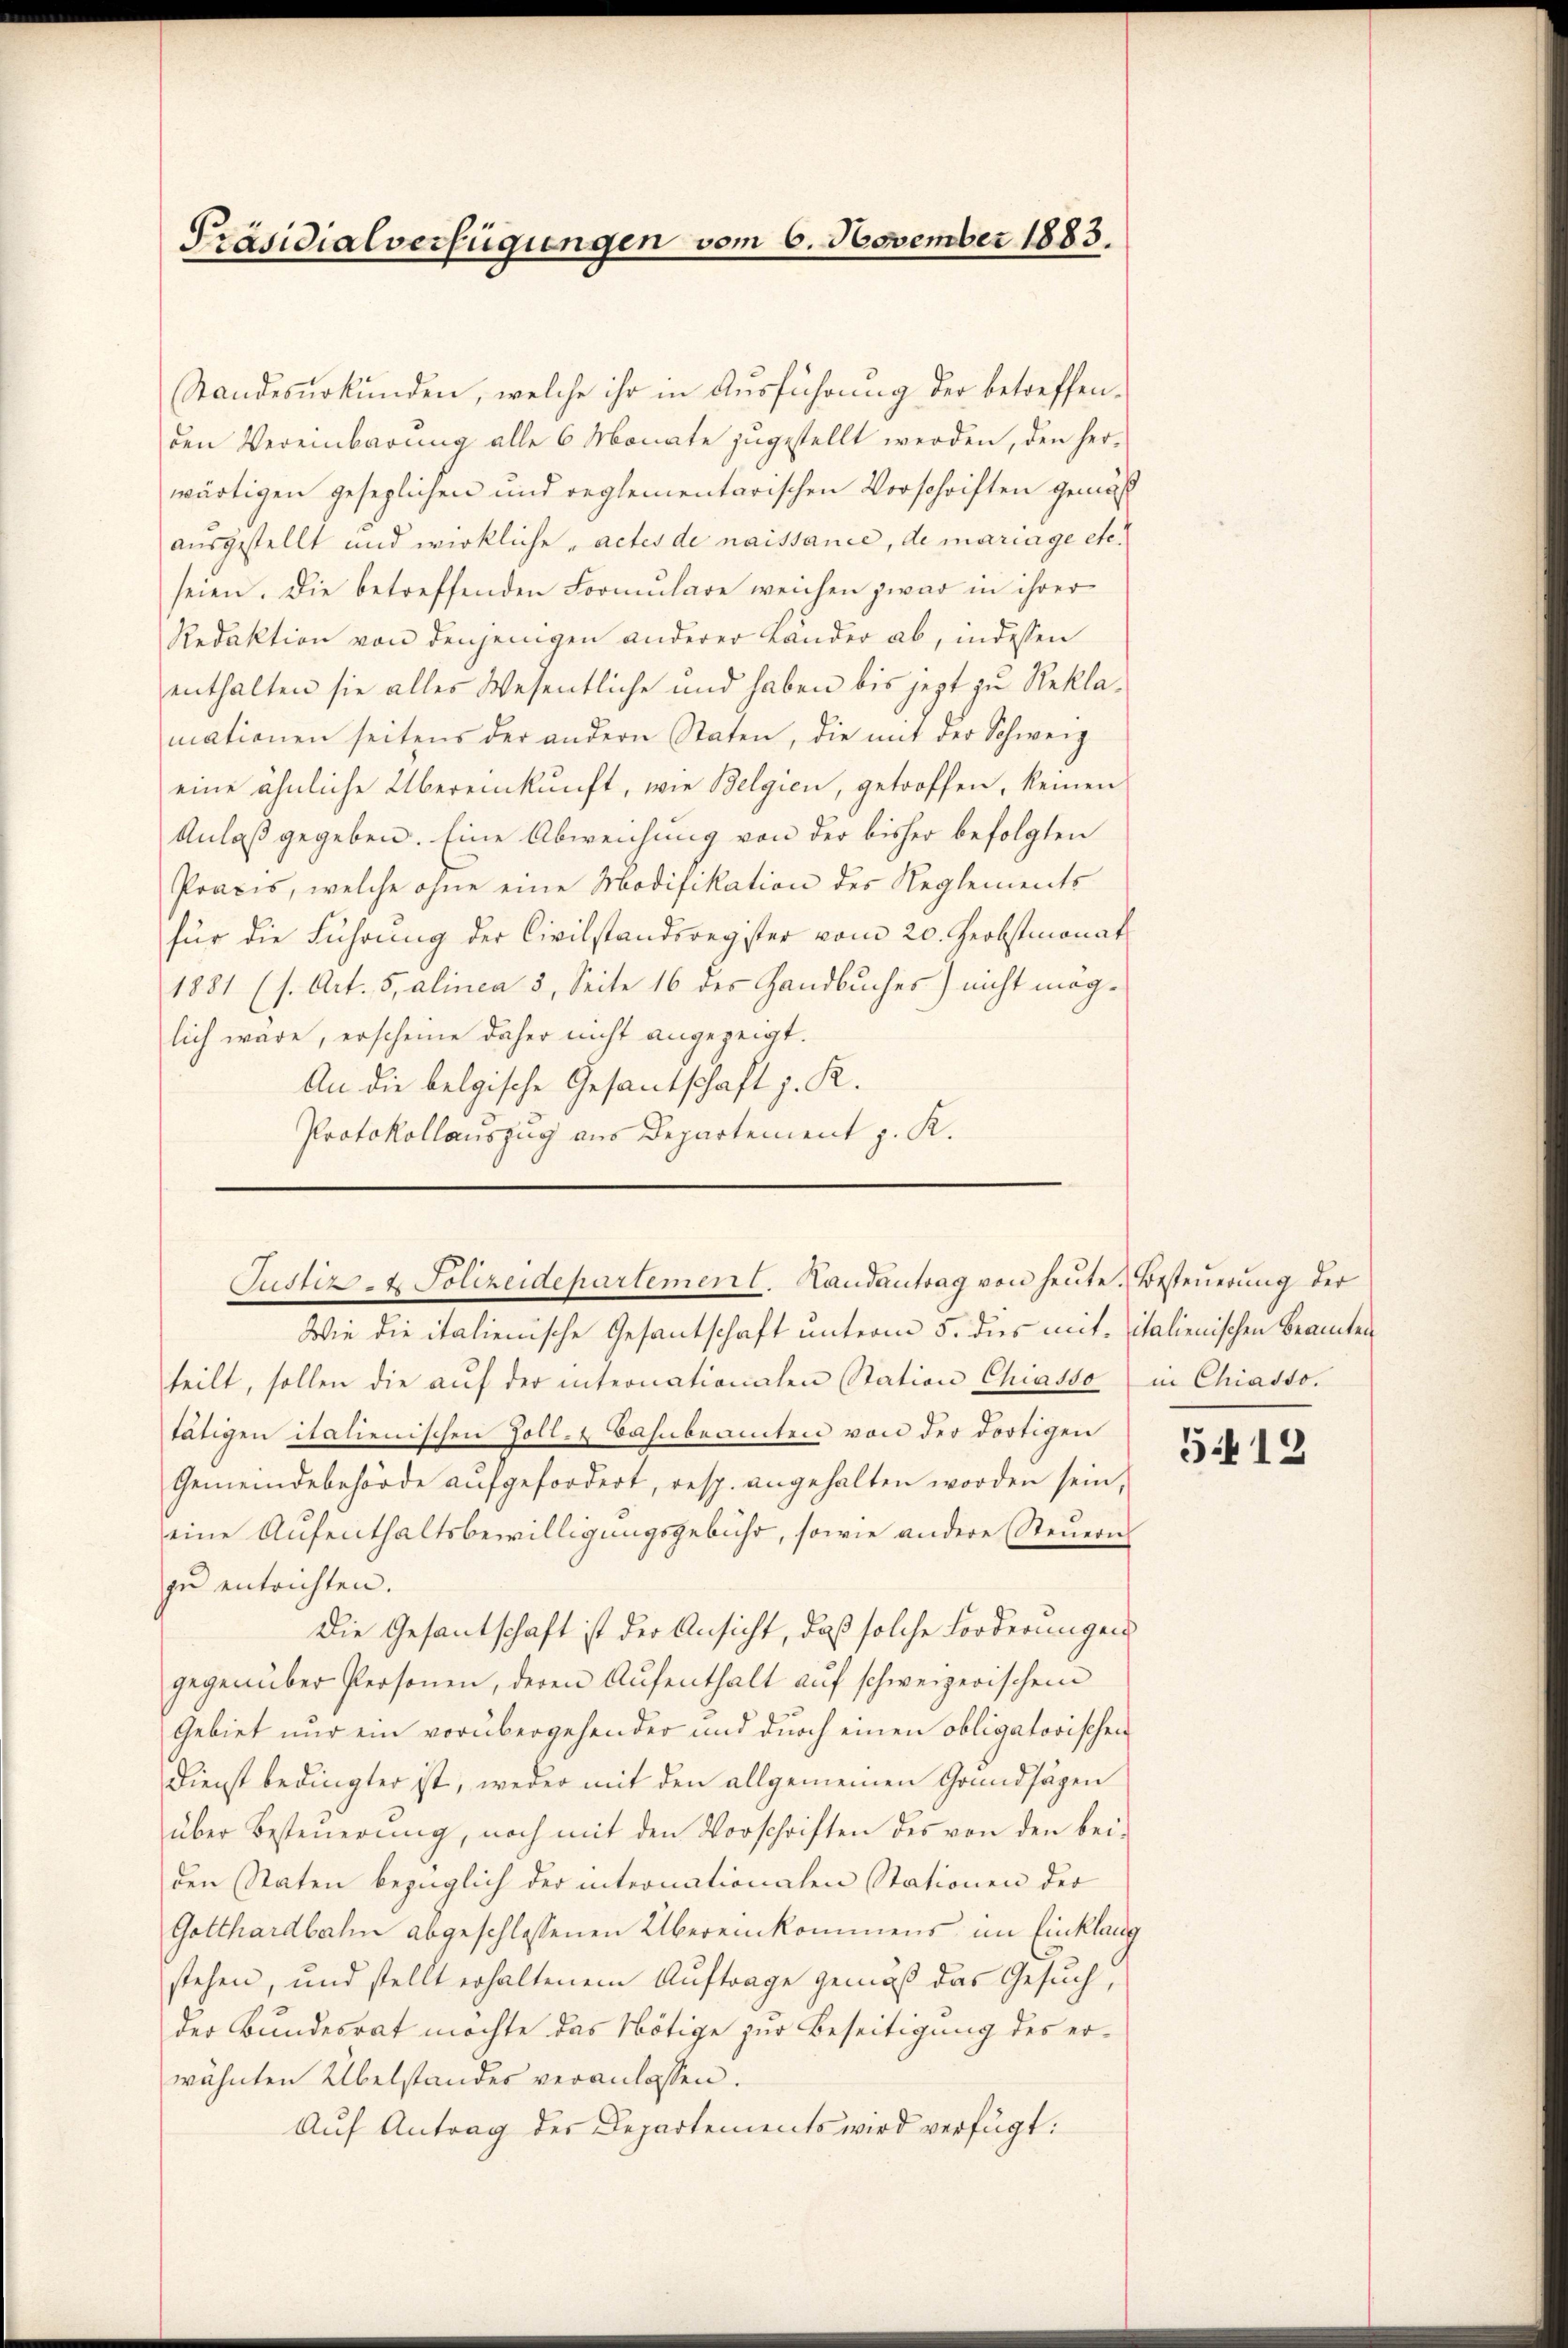
Präsidialverfügungen vom 6. November 1883.

Standesurkunden, welche ihr in Ausführung der betreffenden Vereinbarung alle 6 Monate zugestellt werden, den herwärtigen gesezlichen und reglementarischen Vorschriften gemäß
ausgestellt und wirkliche „actes de naissance, de mariage etc.
seien. Die betreffenden Formŭlare weichen zwar in ihrer
Redaktion von denjenigen anderer Länder ab, indessen
enthalten sie alles Wesentliche und haben bis jezt zu Reklamationen seitens der andern Staten, die mit der Schweiz
eine ähnliche Übereinkunft, wie Belgien, getroffen, keinen
Anlaß gegeben. Eine Abweichung von der bisher befolgten
Praxis, welche ohne eine Modifikation des Reglements
für die Führung der Civilstandsregister vom 20. Herbstmonat
1881 (s. Art. 5, alinea 5, Seite 16 der Handbuches) nicht möglich wäre, erscheine daher nicht angezeigt.
An die belgische Gesantschaft z. K.
Protokollauszug aus Departement z. K.

Justiz- & Polizeidepartement. Landantrag von heute. Besteuerung der

Wie die italienische Gesantschaft unterm 5. des mit italienischen Beamten
teilt, sollen die aŭf der internationalen Station Chiasso in Chiadto.
tätigen italienischen Zoll- & Bahnbeamten von der dortigen
Gemeindebehörde aufgefordert, resp. angehalten worden sein,
eine Aufenthaltsbewilligungsgebühr, sowie andere Steuern
zu entrichten.
Die Gesantschaft ist der Ansicht, daß solche Forderungen
gegenüber Personen, deren Aufenthalt auf schweizerischem
Gebiet nur ein vorübergehender und durch einen obligatorischen
Dienst bedingter ist, weder mit den allgemeinen Grundsägen
über Besteŭerŭng, noch mit den Vorschriften des von den bei-
den Staten bezüglich der internationalen Stationen der
Gotthardbahn abgeschlossenen Übereinkommens im Einklang
stehen, und stellt erhaltenem Auftrage gemäß das Gesuch,
der Bundesrat möchte das Nötige zur Beseitigung des erwähnten Übelstandes veranlassen.
Auf Antrag des Departements wird verfügt:

5412